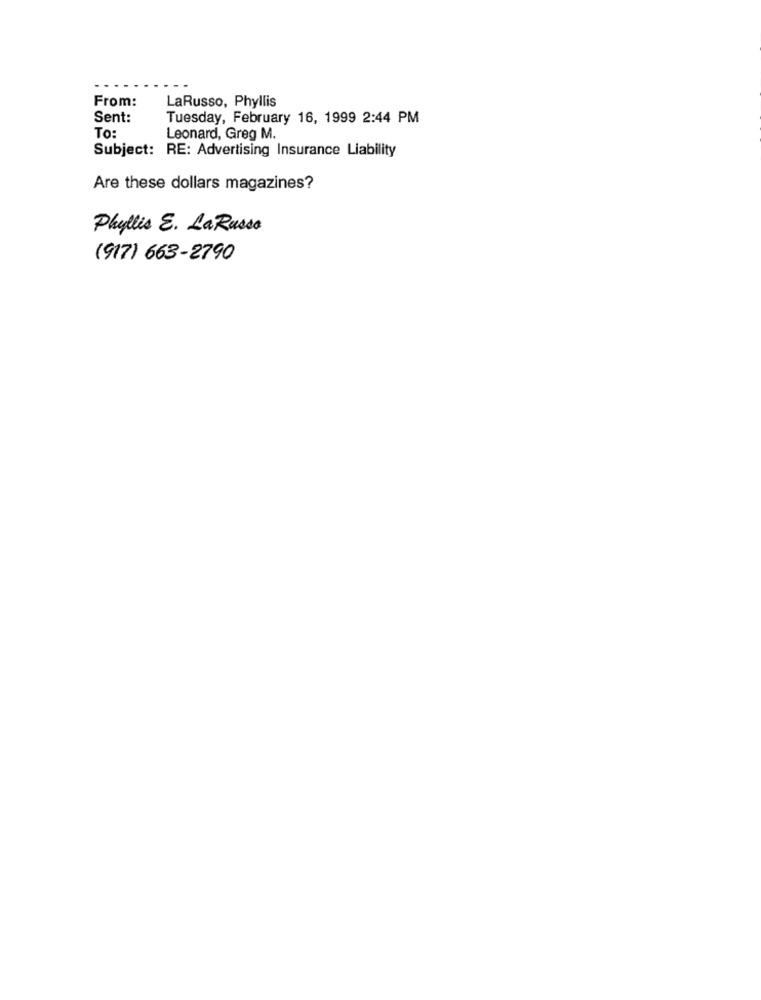
From:
LaRusso, Phyllis
Sent:
Tuesday, February 16, 1999 2:44 PM
To:
Leonard, Greg M.
Subject: RE: Advertising Insurance Liability
Are these dollars magazines?
Phyllis E. La Russo
(917) 663-2790